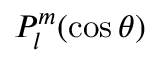
P _ { l } ^ { m } ( \cos \theta )